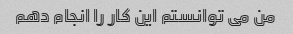
من می توانستم این کار را انجام دهم